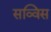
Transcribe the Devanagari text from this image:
सव्विस